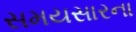
સમયસારના